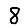
Digit: 8